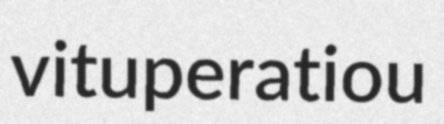
vituperatiou